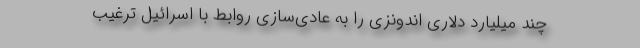
چند میلیارد دلاری اندونزی را به عادی‌سازی روابط با اسرائیل ترغیب